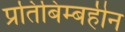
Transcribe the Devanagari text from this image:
प्रतिबिम्बहीन